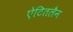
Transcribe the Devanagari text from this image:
ऐटितलैन